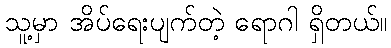
သူ့မှာ အိပ်ရေးပျက်တဲ့ ရောဂါ ရှိတယ်။